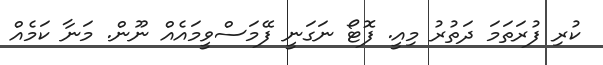
ކުރި ފުރަތަމަ ދަތުރު މިއީ. ފޮޓޯ ނަގަނީ ފޭމަސްވީމައެއް ނޫން. މަނާ ކަމެއް